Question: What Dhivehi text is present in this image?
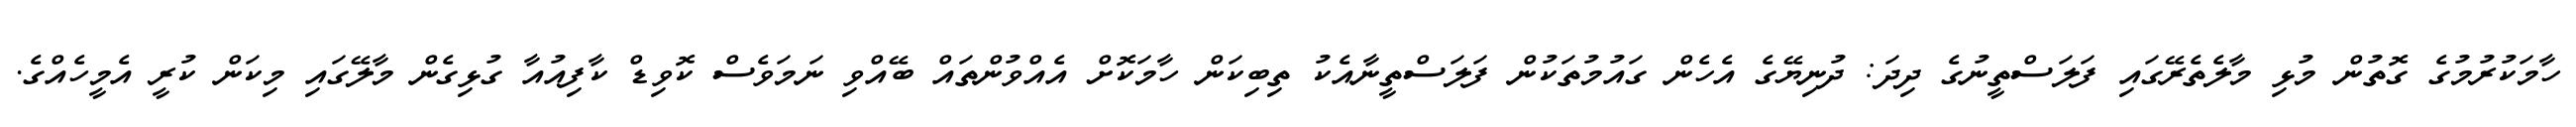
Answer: ހާމަކުރުމުގެ ގޮތުން މުޅި މާލެތެރޭގައި ފަލަސްތީނުގެ ދިދަ: ދުނިޔޭގެ އެހެން ގައުމުތަކުން ފަލަސްތީނާއެކު ތިބިކަން ހާމަކޮށް އެއްވުންތައް ބޭއްވި ނަމަވެސް ކޮވިޑް ކާފިއުއާ ގުޅިގެން މާލޭގައި މިކަން ކުރީ އެމީހެއްގެ.